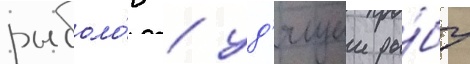
рыболо́в / уд'ящии ры́бу